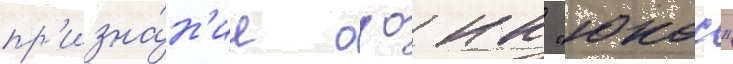
пр'изна́н'ие оао нк "юкос"